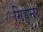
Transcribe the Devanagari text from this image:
गिड्डेन्स